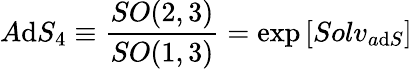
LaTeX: A\mathrm{d}S_{4}\equiv\frac{{SO(2,3)}}{{SO(1,3)}}=\exp\left[Solv_{a\mathrm{d}S}\right]